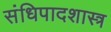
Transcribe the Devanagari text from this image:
संधिपादशास्त्र